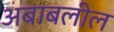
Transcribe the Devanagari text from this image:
अबाबलील